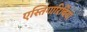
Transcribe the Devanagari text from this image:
एस्तिगारिबिया